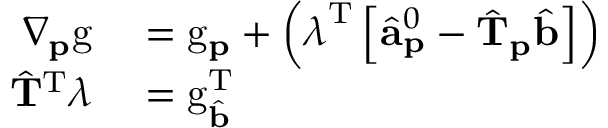
\begin{array} { r l } { \nabla _ { \mathbf { p } } \mathrm { g } } & { { } = \mathrm { g } _ { \mathbf { p } } + \left( \boldsymbol { \lambda } ^ { \mathrm { T } } \left[ \hat { \mathbf { a } } _ { \mathbf { p } } ^ { 0 } - \hat { \mathbf { T } } _ { \mathbf { p } } \hat { \mathbf { b } } \right] \right) } \\ { \hat { \mathbf { T } } ^ { \mathrm { T } } \boldsymbol { \lambda } } & { { } = \mathrm { g } _ { \hat { \mathbf { b } } } ^ { \mathrm { T } } } \end{array}